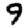
Digit: 9